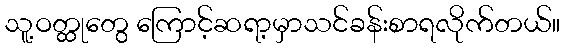
သူ့ဝတ္ထုတွေ ကြောင့်ဆရာ့မှာသင်ခန်းစာရလိုက်တယ်။